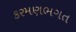
કરમણભગત